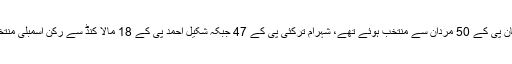
محمد عاطف خان پی کے 50 مردان سے منتخب ہوئے تھے، شہرام ترکئی پی کے 47 جبکہ شکیل احمد پی کے 18 مالا کنڈ سے رکن اسمبلی منتخب ہوئے تھے۔